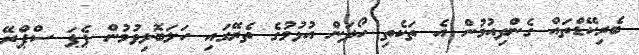
ބެރިކޭޑްތައް ގެންދިއުމުން އެ ތަކެތި ހޯދަން އުޅުމުގެ ތެރޭގައި ހަލަބޮލިވުމުން ޕެޕަ ސްޕްރޭ